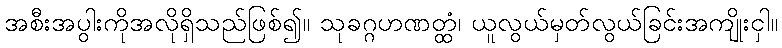
အစီးအပွါးကိုအလိုရှိသည်ဖြစ်၍။ သုခဂ္ဂဟဏတ္ထံ၊ ယူလွယ်မှတ်လွယ်ခြင်းအကျိုးငှါ။